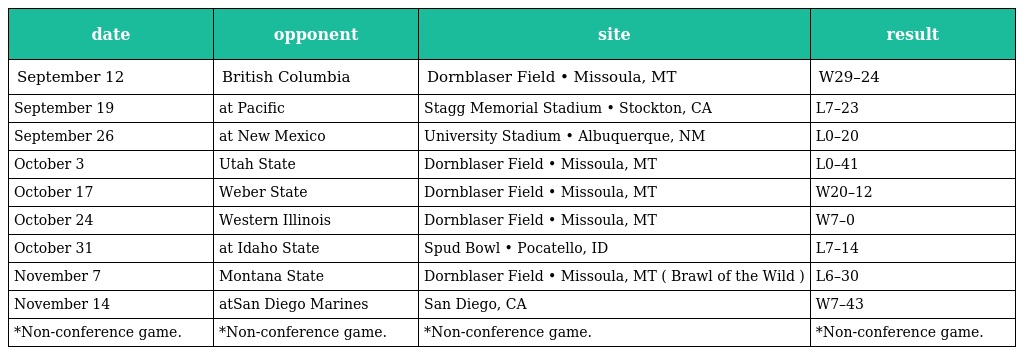
| date | opponent | site | result |
 | --- | --- | --- | --- |
 | September 12 | British Columbia | Dornblaser Field • Missoula, MT | W29–24 |
 | September 19 | at Pacific | Stagg Memorial Stadium • Stockton, CA | L7–23 |
 | September 26 | at New Mexico | University Stadium • Albuquerque, NM | L0–20 |
 | October 3 | Utah State | Dornblaser Field • Missoula, MT | L0–41 |
 | October 17 | Weber State | Dornblaser Field • Missoula, MT | W20–12 |
 | October 24 | Western Illinois | Dornblaser Field • Missoula, MT | W7–0 |
 | October 31 | at Idaho State | Spud Bowl • Pocatello, ID | L7–14 |
 | November 7 | Montana State | Dornblaser Field • Missoula, MT ( Brawl of the Wild ) | L6–30 |
 | November 14 | atSan Diego Marines | San Diego, CA | W7–43 |
 | *Non-conference game. | *Non-conference game. | *Non-conference game. | *Non-conference game. |